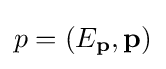
p=(E_{\mathbf {p} },\mathbf {p} )